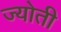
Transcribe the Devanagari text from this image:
ज्‍योती